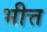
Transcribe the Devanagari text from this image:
भीत्त